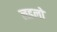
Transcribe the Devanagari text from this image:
लडलो